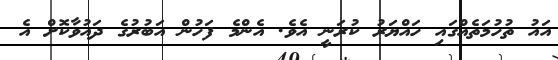
އައު ތުހުމަތެއްގައި ހައްޔަރު ކުރަނީ އެވެ. އެންމެ ފަހުން އަބުރުގެ ދައުވާކޮށް އެ